Lunatic asylums Burma 1907-21 - 1907-1921
Year: 1907
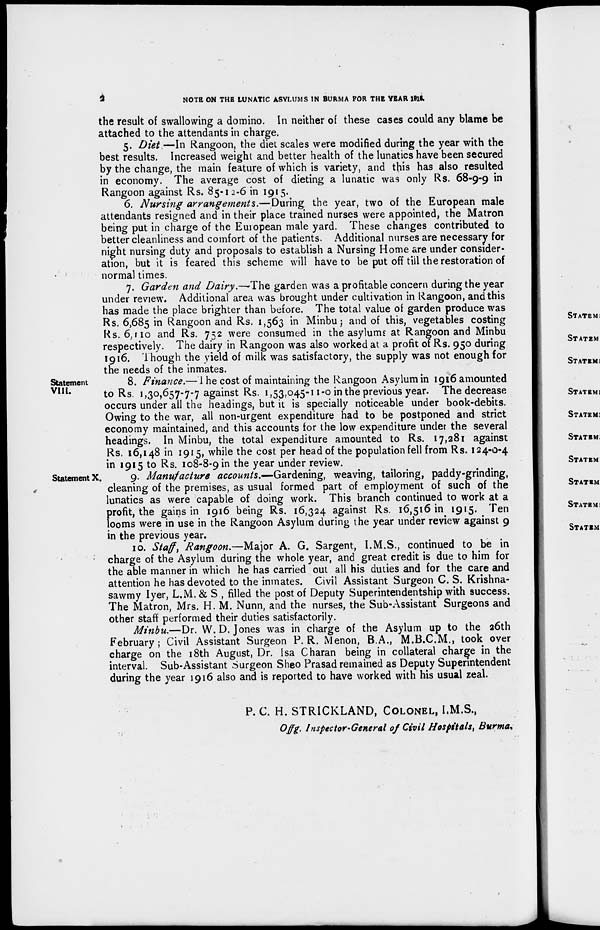
2
NOTE ON THE LUNATIC ASYLUMS IN BURMA FOR THE YEAR 1916.
the result of swallowing a domino. In neither of these cases could any blame be
attached to the attendants in charge.
5. Diet.—In Rangoon, the diet scales were modified during the year with the
best results. Increased weight and better health of the lunatics have been secured
by the change, the main feature of which is variety, and this has also resulted
in economy. The average cost of dieting a lunatic was only Rs. 68-9-9 in
Rangoon against Rs. 85-12-6 in 1915.
6. Nursing arrangements.—During the year, two of the European male
attendants resigned and in their place trained nurses were appointed, the Matron
being put in charge of the European male yard. These changes contributed to
better cleanliness and comfort of the patients. Additional nurses are necessary for
night nursing duty and proposals to establish a Nursing Home are under consider-
ation, but it is feared this scheme will have to be put off till the restoration of
normal times.
7. Garden and Dairy.—The garden was a profitable concern during the year
under review. Additional area was brought under cultivation in Rangoon, and this
has made the place brighter than before. The total value of garden produce was
Rs. 6,685 in Rangoon and Rs. 1,563 in Minbu; and of this, vegetables costing
Rs. 6,110 and Rs. 752 were consumed in the asylums at Rangoon and Minbu
respectively. The dairy in Rangoon was also worked at a profit of Rs. 950 during
1916. Though the yield of milk was satisfactory, the supply was not enough for
the needs of the inmates.
Statement
VIII.
8. Finance.— The cost of maintaining the Rangoon Asylum in 1916 amounted
to Rs. 1,30,657-7-7 against Rs. 1,53,045-11-0 in the previous year. The decrease
occurs under all the headings, but it is specially noticeable under book-debits.
Owing to the war, all non-urgent expenditure had to be postponed and strict
economy maintained, and this accounts for the low expenditure under the several
headings. In Minbu, the total expenditure amounted to Rs. 17,281 against
Rs, 16,148 in 1915, while the cost per head of the population fell from Rs. 124-0-4
in 1915 to Rs. 108-8-9 in the year under review.
Statement X.
9. Manufacture accounts.—Gardening, weaving, tailoring, paddy-grinding,
cleaning of the premises, as usual formed part of employment of such of the
lunatics as were capable of doing work. This branch continued to work at a
profit, the gains in 1916 being Rs. 16,324 against Rs. 16,516 in 1915. Ten
looms were in use in the Rangoon Asylum during the year under review against 9
in the previous year.
10. Staff', Rangoon.—Major A. G. Sargent, I.M.S., continued to be in
charge of the Asylum during the whole year, and great credit is due to him for
the able manner in which he has carried out all his duties and for the care and
attention he has devoted to the inmates. Civil Assistant Surgeon C. S. Krishna-
sawmy Iyer, L.M.& S , filled the post of Deputy Superintendentship with success.
The Matron, Mrs. H. M. Nunn, and the nurses, the Sub-Assistant Surgeons and
other staff performed their duties satisfactorily.
Minbu.—Dr. W.D.Jones was in charge of the Asylum up to the 26th
February; Civil Assistant Surgeon P. R. Menon, B.A., M.B.C.M., took over
charge on the 18th August, Dr. Isa Charan being in collateral charge in the
interval. Sub-Assistant Surgeon Sheo Prasad remained as Deputy Superintendent
during the year 1916 also and is reported to have worked with his usual zeal.
P. C. H. STRICKLAND, COLONEL, I.M.S.,
Offg. Inspector-General of Civil Hospitals, Burma.